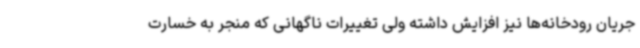
جریان رودخانه‌ها نیز افزایش داشته ولی تغییرات ناگهانی که منجر به خسارت